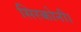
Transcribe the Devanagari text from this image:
सिरकोनी।